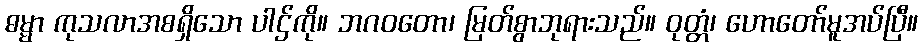
ဓမ္မာ ကုသလာအစရှိသော ပါဌ်ကို။ ဘဂဝတော၊ မြတ်စွာဘုရားသည်။ ဝုတ္တံ၊ ဟောတော်မူအပ်ပြီ။